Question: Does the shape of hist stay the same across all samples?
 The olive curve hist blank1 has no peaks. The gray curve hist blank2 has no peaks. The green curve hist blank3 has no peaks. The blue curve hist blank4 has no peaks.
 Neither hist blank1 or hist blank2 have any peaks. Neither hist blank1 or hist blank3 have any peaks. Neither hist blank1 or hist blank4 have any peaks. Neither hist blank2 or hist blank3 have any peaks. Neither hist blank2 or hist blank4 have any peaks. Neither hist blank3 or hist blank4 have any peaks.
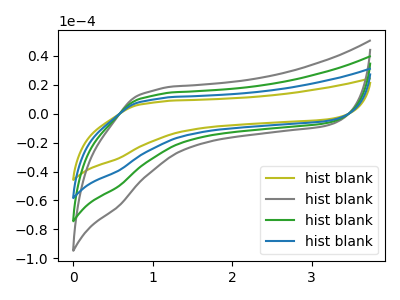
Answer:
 <answer>All the CV's of "hist" have similar shape.</answer>
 <eval>follow_rule</eval>